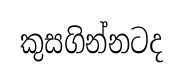
කුසගින්නටද